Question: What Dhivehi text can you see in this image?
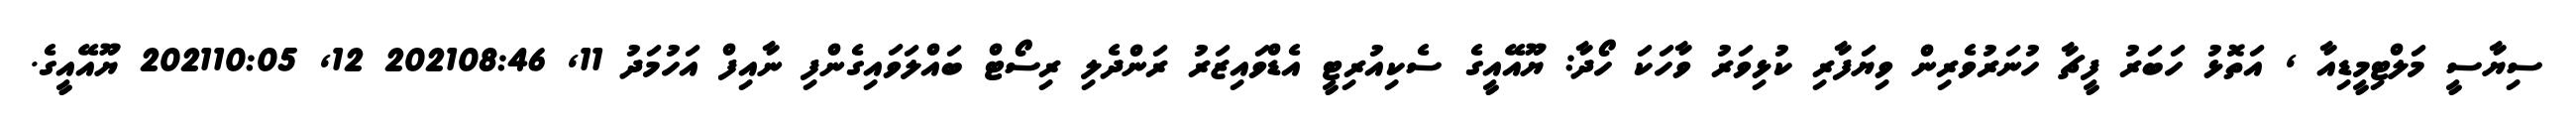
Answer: ސިޔާސީ މަލްޓިމީޑިއާ , އަތޮޅު ހަބަރު ފީޗާ ހުނަރުވެރިން ވިޔަފާރި ކުޅިވަރު ވާހަކަ ހޯދާ: ޔޫއޭއީގެ ސެކިއުރިޓީ އެޑްވައިޒަރު ރަންދެލި ރިސޯޓް ބައްލަވައިގެންފި ނާއިފް އަހުމަދު 11, 202108:46 12, 202110:05 ޔޫއޭއީގެ.